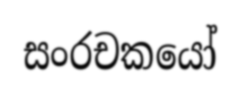
සංරචකයෝ